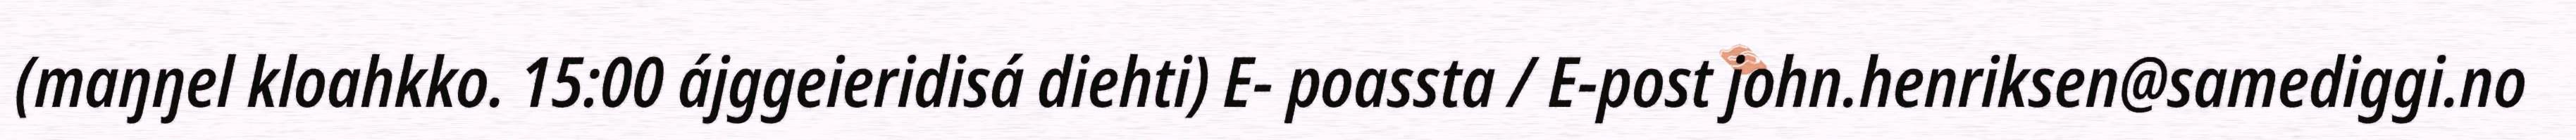
(maŋŋel kloahkko. 15:00 ájggeieridisá diehti) E- poassta / E-post john.henriksen@samediggi.no